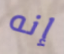
إنه